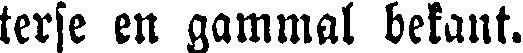
terse en gammal bekant.